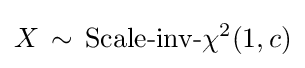
X\,\sim \,\operatorname {Scale-inv-\chi ^{2}} (1,c)